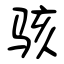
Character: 骇